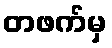
တဖက်မှ